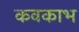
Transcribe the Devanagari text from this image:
कवकाभ